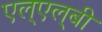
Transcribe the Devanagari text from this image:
एल्‌एल्‌बी